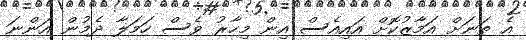
އެ ތަނަށް އަމާޒުކޮށް އައިއެސް އިން މިހާރު ވެސް ހަމަލާ ދެމުން އަންނަ